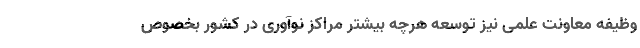
وظیفه معاونت علمی نیز توسعه هرچه بیشتر مراکز نوآوری در کشور بخصوص